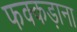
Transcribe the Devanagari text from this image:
फक्‍कड़ाना